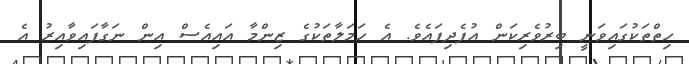
ހިތްތަކުގައިވަނީ ބިރުވެރިކަން އުފެދިފައެވެ. އެ ހަމަލާތަކުގެ ޒިންމާ އައިއެސް އިން ނަގާފައިވާއިރު އެ